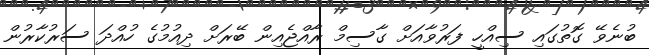
ބުނެވޭ ގޮތުގައި ސިއްހީ ފަރުވާއަށް ގާސިމް ރާއްޖެއިން ބޭރަށް ދިއުމުގެ ހުއްދަ ސަރުކާރުން